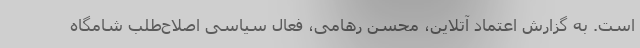
است. به گزارش اعتماد آتلاین، محسن رهامی، فعال سیاسی اصلاح‌طلب شامگاه